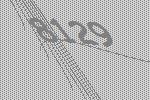
8129